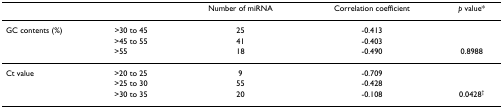
<table><thead><tr><td></td><td></td><td><b>Number of miRNA</b></td><td><b>Correlation coefficient</b></td><td><b><i>p </i>value*</b></td></tr></thead><tbody><tr><td>GC contents (%)</td><td>&gt;30 to 45</td><td>25</td><td>-0.413</td><td></td></tr><tr><td></td><td>&gt;45 to 55</td><td>41</td><td>-0.403</td><td></td></tr><tr><td></td><td>&gt;55</td><td>18</td><td>-0.490</td><td>0.8988</td></tr><tr><td>Ct value</td><td>&gt;20 to 25</td><td>9</td><td>-0.709</td><td></td></tr><tr><td></td><td>&gt;25 to 30</td><td>55</td><td>-0.428</td><td></td></tr><tr><td></td><td>&gt;30 to 35</td><td>20</td><td>-0.108</td><td>0.0428<sup>†</sup></td></tr></tbody></table>